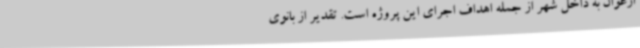
ارغوان به داخل شهر از جمله اهداف اجرای این پروژه است. تقدیر از بانوی